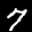
Label: 7